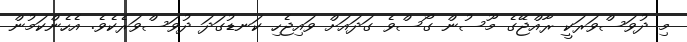
މި ދުވަސްވަރަކީ ރާއްޖޭގެ މޫސުން ގޯސްވެ ގަދައަށް ވައިޖެހި ކަނޑުގަދަ ދުވަސްވަރެކެވެ. އެހެންކަމުން